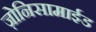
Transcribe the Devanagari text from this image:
ज़ोनिसामाईड